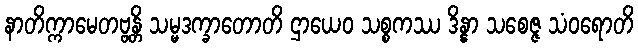
နာတိက္ကာမေတဗ္ဗန္တိ သမ္မဒက္ခာတောတိ ဌာယေဝ သစ္စကဿ ဒိန္နာ သစေဇ္ဇ သံဝရောတိ